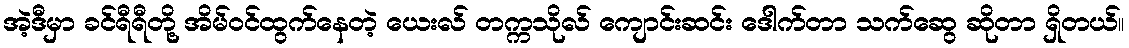
အဲ့ဒီမှာ ခင်ရီရီတို့ အိမ်ဝင်ထွက်နေတဲ့ ယေးလ် တက္ကသိုလ် ကျောင်းဆင်း ဒေါက်တာ သက်ဆွေ ဆိုတာ ရှိတယ်။